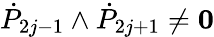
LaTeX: {\dot{P}}_{2j-1}\wedge{\dot{P}}_{2j+1}\not={\mathbf 0}